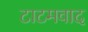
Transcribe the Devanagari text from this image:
टाटमवाद